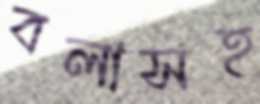
বলাসহ